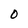
Character: O